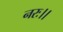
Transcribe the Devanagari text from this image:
नरः।।